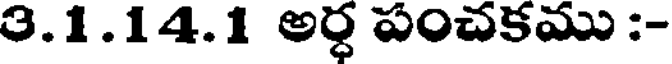
3.1.14.1 అర్ధ పంచకము :-